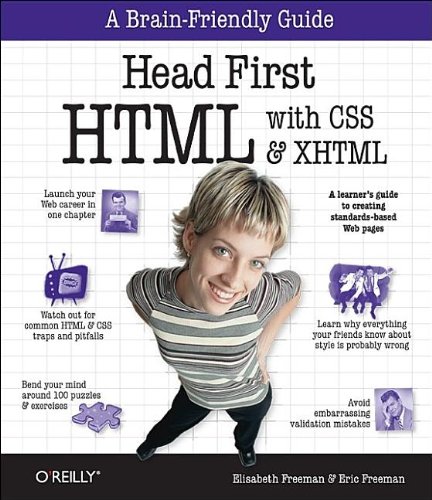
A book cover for Head First HTML with CSS & XHTML; Eric T Freeman; Computers & Technology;